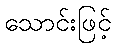
သောင်းဖြင့်